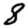
Digit: 8